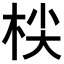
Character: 𣑷